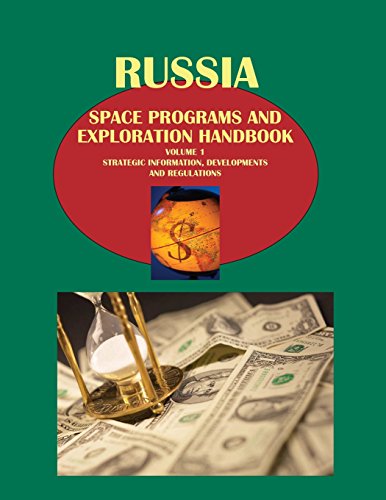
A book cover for Russia Space Programs and Exploration Handbook (World Strategic and Business Information Library); Ibp Usa; Law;